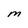
Character: M